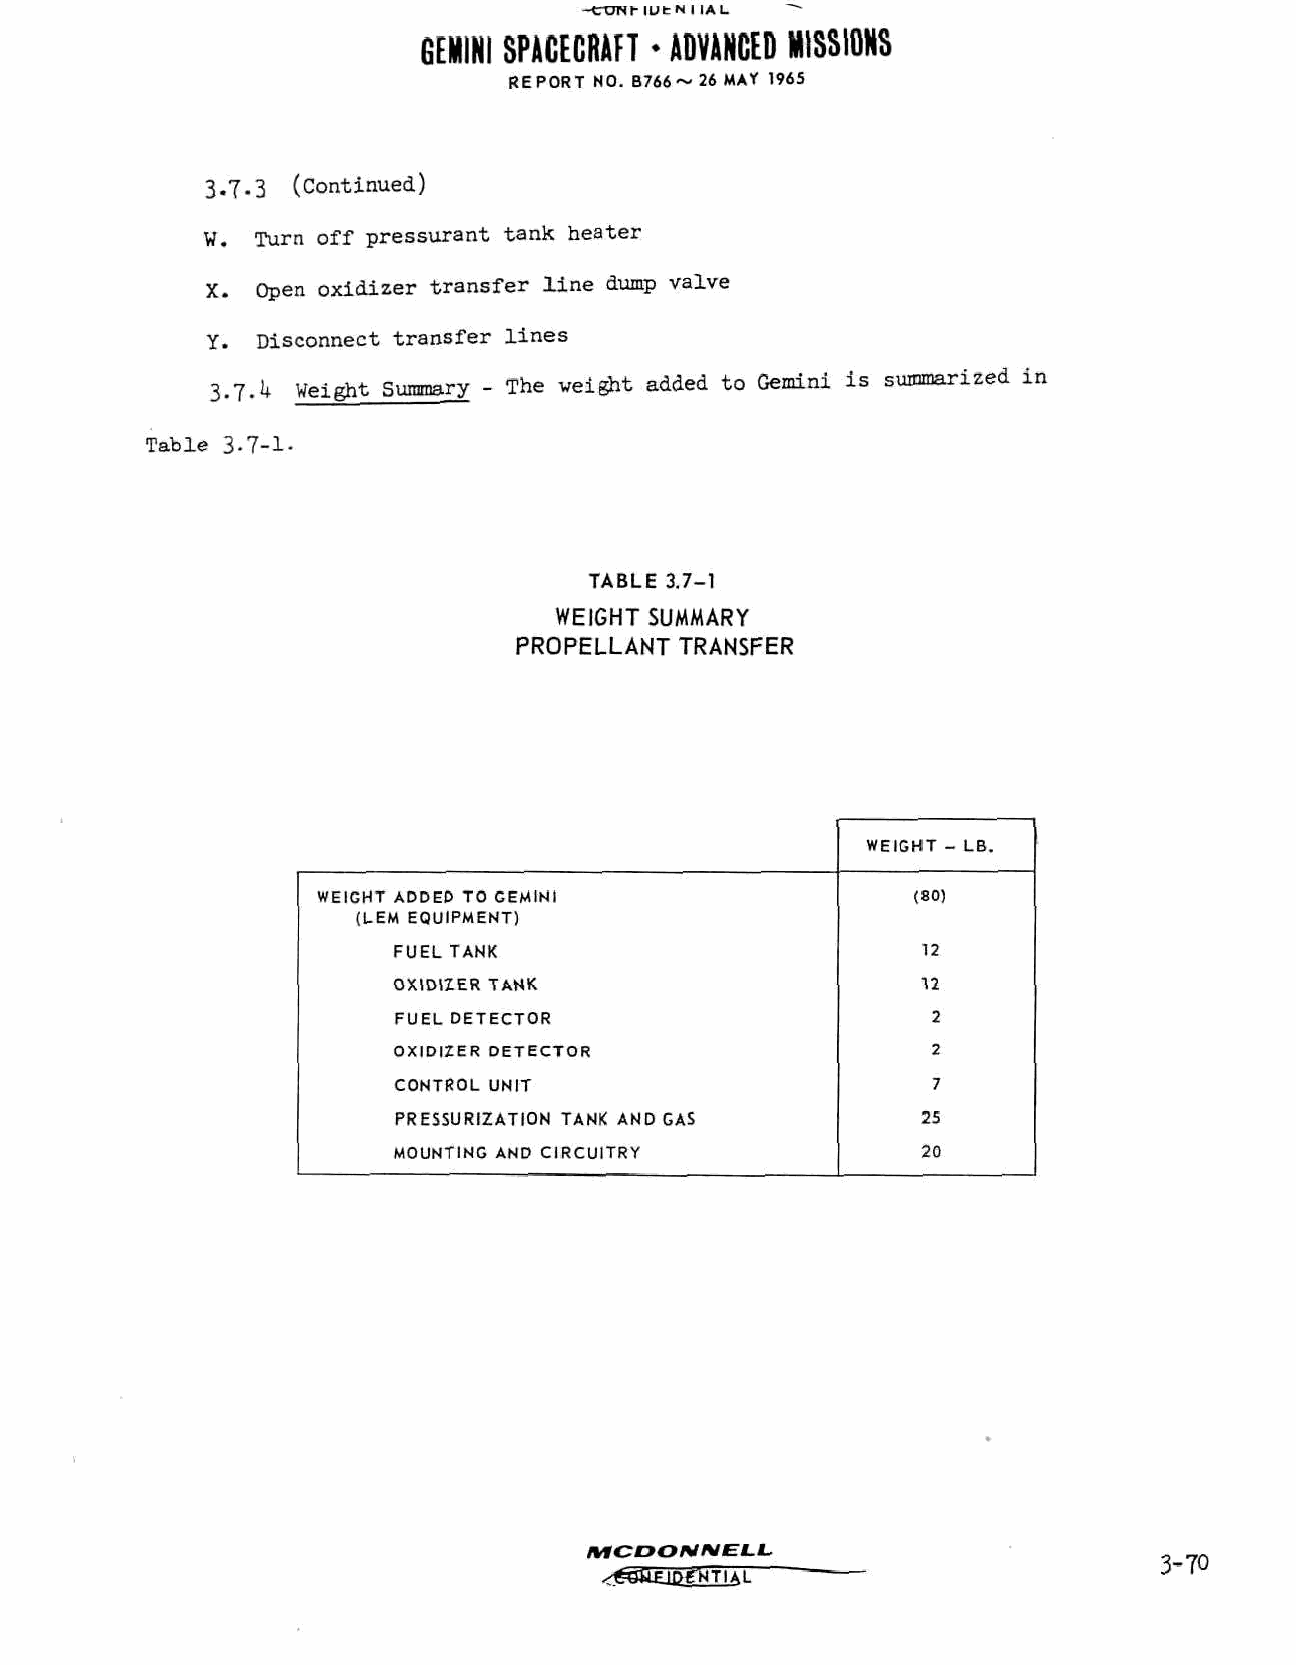
-C~UNf- IDt N I IAL
 GEMINI SPACECRAFT * ADVANCED MISSIONS
 REPORT NO. B766~ 26 MAY 1965
 3.7.3 (Continued)
 W.  Turn off pressurant tank heater
 X. Open oxidizer transfer line dump valve
 Y. Disconnect transfer lines
 3.7.1* weight Summary - The weight added to Gemini is summarized in
 Table 3.7-1.
 TABLE 3.7-1
 WEIGHT SUMMARY
 PROPELLANT TRANSFER
 WEIGHT - LB.
 WEIGHT ADDED TO GEMINI                 (80)
 (UEM EQUIPMENT)
 FUEL TANK                          12
 OXIDIZER TANK                      12
 FUEL DETECTOR                       2
 OXIDIZER DETECTOR                   2
 CONTROL UNIT                        7
 PRESSURIZATION TANK AND GAS        25
 MOUNTING AND CIRCUITRY             20
 MCDONNELL,
 3-70
 •^g&£iPfNfTAT